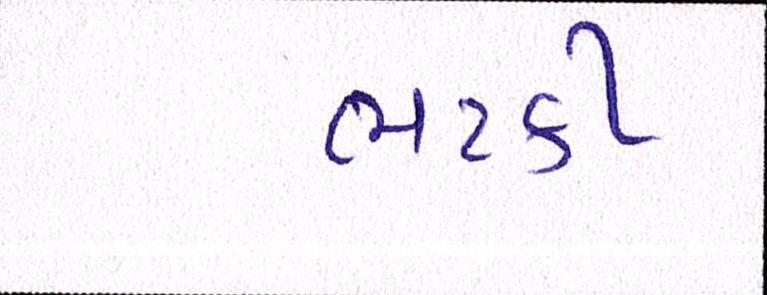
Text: ભટકી